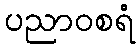
ပညာဝစရံ